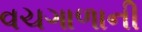
વચગાળાની